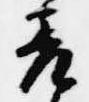
差